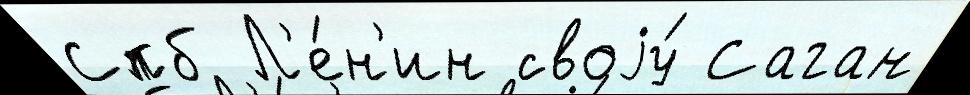
Спб Л'е́н'ин своjу́ Саган